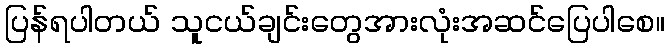
ပြန်ရပါတယ် သူငယ်ချင်းတွေအားလုံးအဆင်ပြေပါစေ။